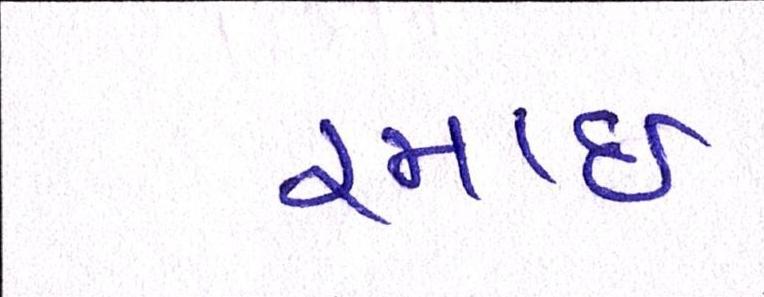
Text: રમાઈ